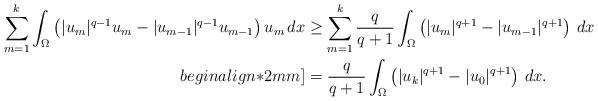
LaTeX: \begin{align*}\sum \limits_{m=1}^k \int_\Omega \left(|u_{m}|^{q-1}u_{m}-|u_{m-1}|^{q-1}u_{m-1} \right)u_m\,dx&\geq \sum_{m=1}^k \frac{q}{q+1} \int_\Omega \left(|u_m|^{q+1}-|u_{m-1}|^{q+1} \right)\,dx \\begin{align*}2mm]&= \frac{q}{q+1}\int_\Omega \left(|u_k|^{q+1}-|u_{0}|^{q+1}\right) \,dx.\end{align*}